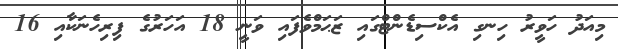
މިއަދު ހަވީރު ހިނގި އެކްސިޑެންޓްގައި ޒަޙަމްވެފައި ވަނީ 18 އަހަރުގެ ފިރިހެނަކާއި 16